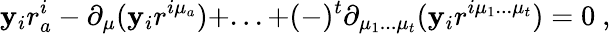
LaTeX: \mathbf{y}_{i}r_{a}^{i}-\partial_{\mu}(\mathbf{y}_{i}r^{i\mu_{a}})+...+(-)^{t}\partial_{\mu_{1}...\mu_{t}}(\mathbf{y}_{i}r^{i\mu_{1}...\mu_{t}})=0\ ,